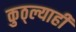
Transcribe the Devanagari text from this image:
कुठ्ल्याही